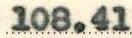
108.41